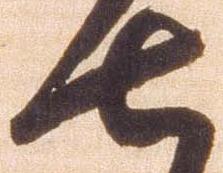
七